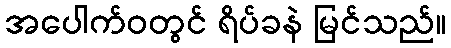
အပေါက်ဝတွင် ရိပ်ခနဲ မြင်သည်။